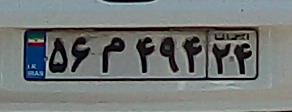
۵۶م۴۹۴۲۴